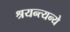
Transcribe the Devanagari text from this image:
श्रयन्त्यन्ये